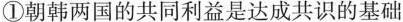
①朝韩两国的共同利益是达成共识的基础